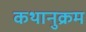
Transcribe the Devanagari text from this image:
कथानुक्रम